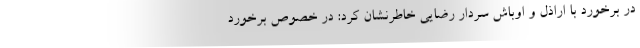
در برخورد با اراذل و اوباش سردار رضایی خاطرنشان کرد: در خصوص برخورد